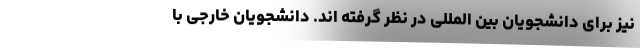
نیز برای دانشجویان بین المللی در نظر گرفته اند. دانشجویان خارجی با